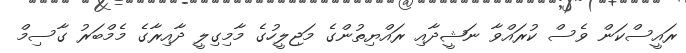
ރައީސްކަން ވެސް ކުރައްވާ ނަޝީދާއި ރައްޔިތުންގެ މަޖިލީހުގެ މާމިގިލީ ދާއިރާގެ މެމްބަރު ގާސިމް